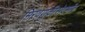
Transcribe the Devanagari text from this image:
मिरवणुकीसंदर्भात